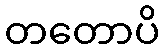
တတောပိ